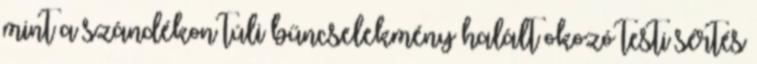
mint a szándékon túli bűncselekmény halált okozó testi sértés